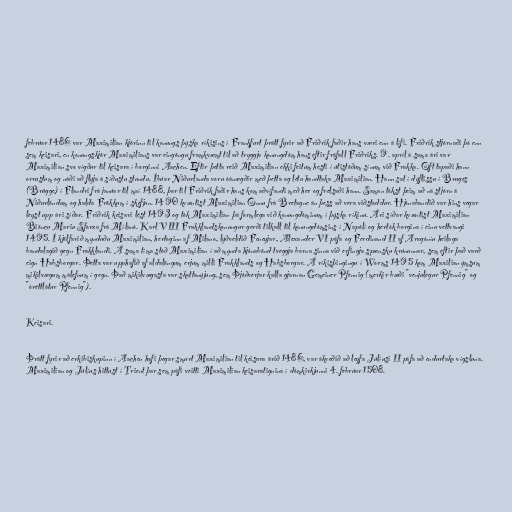
febrúar 1486 var Maximilian kjörinn til konungs þýska ríkisins í Frankfurt þrátt fyrir að Friðrik faðir hans væri enn á lífi. Friðrik stjórnaði þó enn
sem keisari, en konungskjör Maximilians var eingöngu framkvæmt til að tryggja konungdóm hans eftir fráfall Friðriks. 9. apríl á sama ári var
Maximilian svo vígður til keisara í borginni Aachen. Eftir þetta reið Maximilian ekki feitum hesti í útistöðum sínum við Frakka. Oft tapaði hann
orrustum og náði að flýja á síðustu stundu. Íbúar Niðurlanda voru óánægðir með þetta og létu handtaka Maximilian. Hann sat í dýflissu í Bruges
(Brügge) í Flandri frá janúar til maí 1488, þar til Friðrik faðir hans kom aðvífandi með her og frelsaði hann. Saman tókst þeim að ná stjórn á
Niðurlöndum og halda Frökkum í skefjun. 1490 kvæntist Maximilian Önnu frá Bretagne án þess að vera viðstaddur. Hjónabandið var hins vegar
leyst upp ári síðar. Friðrik keisari lést 1493 og tók Maximilian þá formlega við konungdóminum í þýska ríkinu. Ári síðar kvæntist Maximilian
Biöncu Mariu Sforza frá Mílanó. Karl VIII Frakklandskonungur gerði tilkall til konungdómsins í Napólí og hertók borgina í einu vettvangi
1495. Í kjölfarið mynduðu Maximilian, hertoginn af Milano, lýðveldið Feneyjar, Alexander VI páfa og Ferdinand II af Aragóníu heilaga
bandalagið gegn Frakklandi. Á sama tíma stóð Maximilian í að mynda hjónabönd tveggja barna sinna við erfingja spænsku krúnunnar, sem eftir það varð
eign Habsborgar. Þetta var upphafið af aldalöngum erjum milli Frakklands og Habsborgar. Á ríkisþingingu í Worms 1495 kom Maxilian ýmsum
mikilvægum málefnum í gegn. Það mikilvægasta var skattanýjung, sem Þjóðverjar kalla gjarnan Gemeiner Pfennig (merkir bæði "venjulegur Pfennig" og
"óréttlátur Pfennig").

Keisari.

Þrátt fyrir að erkibiskupinn í Aachen hafi þegar smurt Maximilian til keisara árið 1486, var ákveðið að leyfa Júlíusi II páfa að endurtaka vígsluna.
Maximilian og Júlíus hittust í Trient þar sem páfi veitti Maximilian keisaratignina í dómkirkjunni 4. febrúar 1508.